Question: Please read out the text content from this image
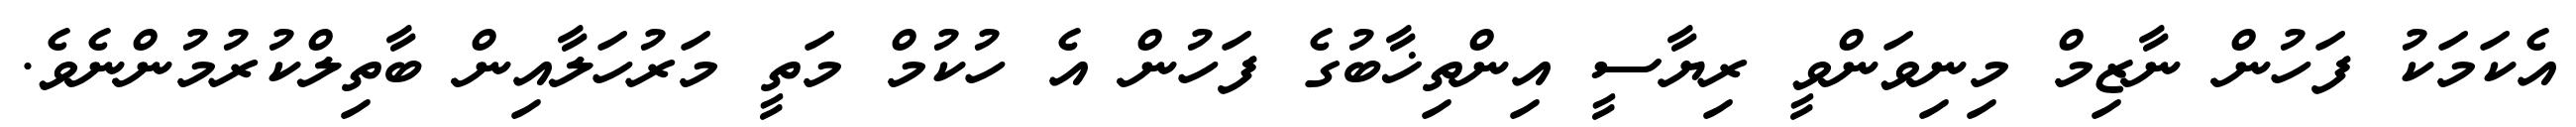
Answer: އެކަމަކު ފަހުން ނާޒިމް މިނިވަންވީ ރިޔާސީ އިންތިޚާބުގެ ފަހުން އެ ހުކުމް މަތީ މަރުހަލާއިން ބާތިލްކުރުމުންނެވެ.